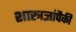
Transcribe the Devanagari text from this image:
शास्त्रज्ञांपैकी